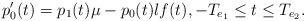
LaTeX: \begin{align*} p_0'(t)=p_1(t)\mu -p_0(t)\l f(t), -T_{e_1} \leq t \leq T_{e_2}. \end{align*}